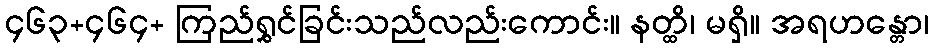
၄၆၃+၄၆၄+ ကြည်ရွှင်ခြင်းသည်လည်းကောင်း။ နတ္ထိ၊ မရှိ။ အရဟန္တော၊